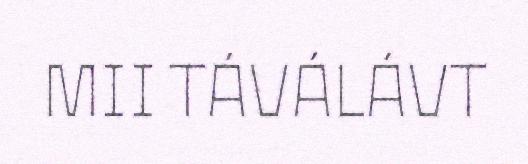
MII TÁVÁLÁVT